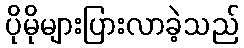
ပိုမိုများပြားလာခဲ့သည်